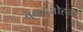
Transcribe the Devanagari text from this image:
बेबडओहळ